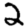
Digit: 2